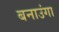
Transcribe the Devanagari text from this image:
बनाउंगा